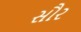
સૌર